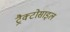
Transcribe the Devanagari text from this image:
ट्रैक्टोसाइल